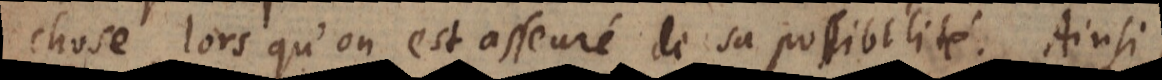
chose, lors qu’on est asseuré de sa possibilité. Ainsi